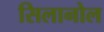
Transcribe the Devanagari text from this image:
सिलानोल